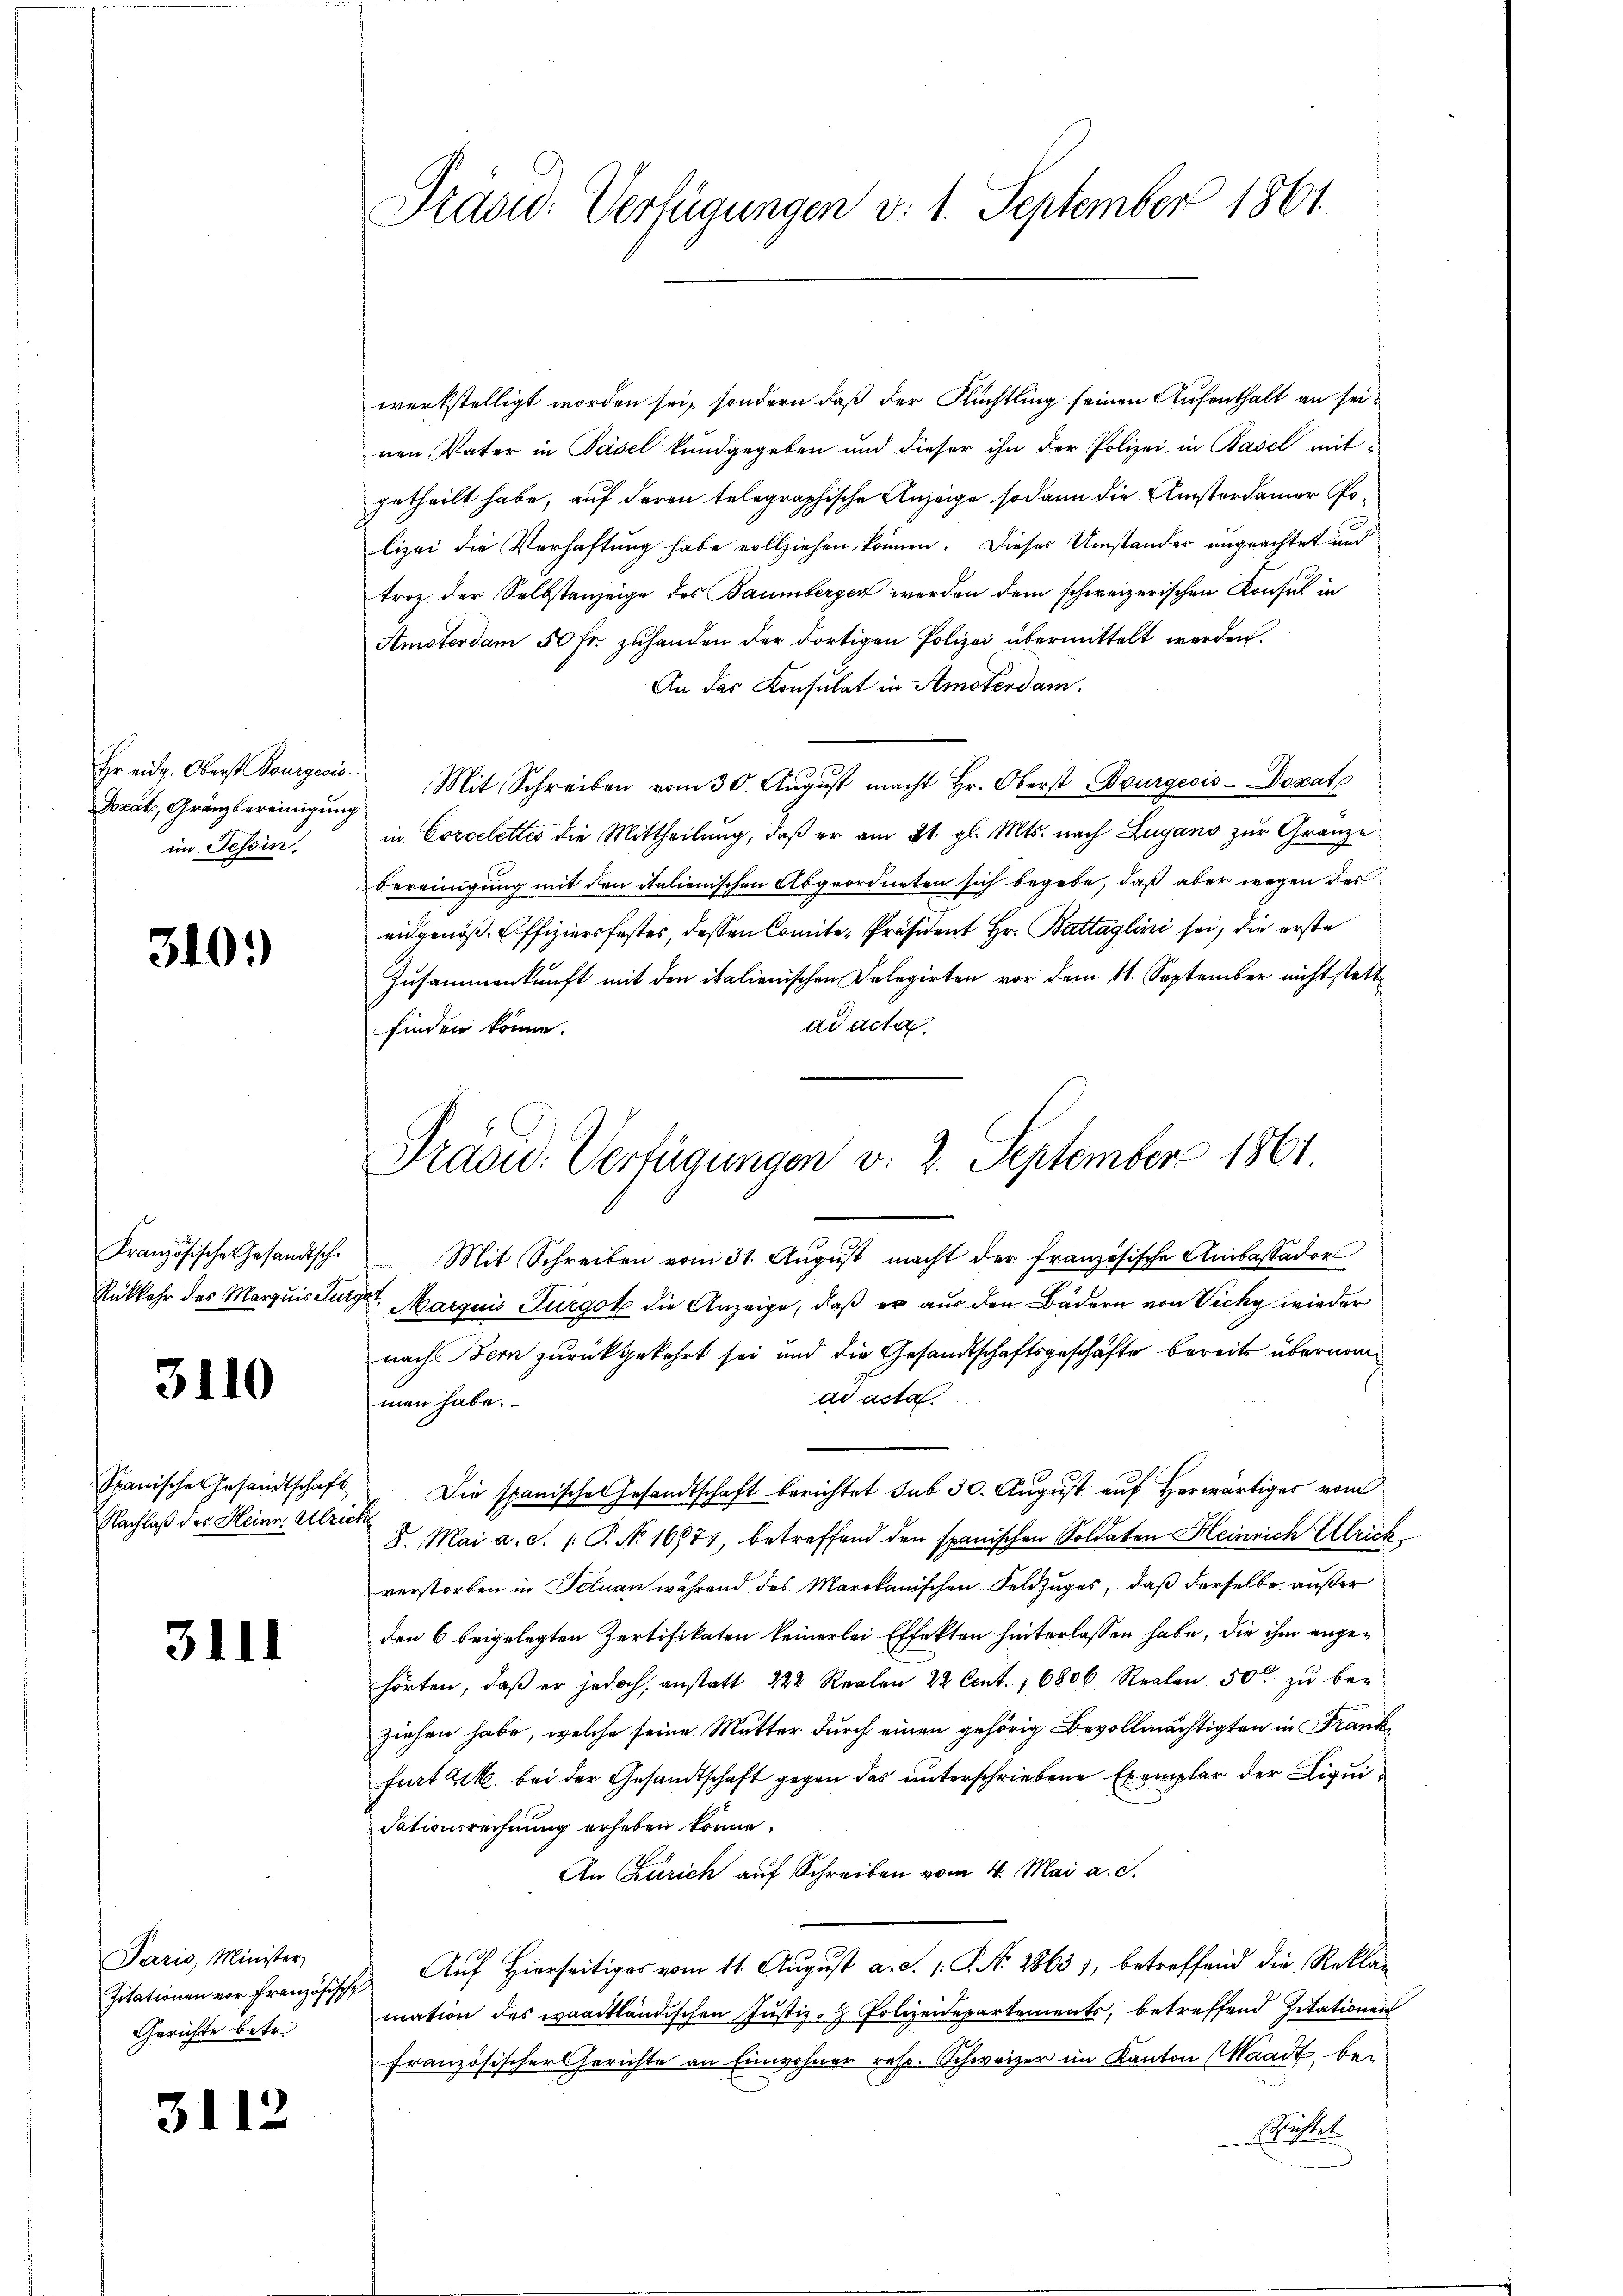
Dozat, Gränzbereinigung
im Tessin.

340.

Rükkehr des Marquis Lutz

3110

Spanischen Gesandtschaft
Nachlaß des Heine Abzu

3111

Paris, Minister,
Gerichte betr.

3112

Präsid. Verfügungen v. 1. September 1861

werkstelligt worden sei, sondern daß der Flüchtling seinen Aufenthalt an seinen Vater in Pasel kundgegeben und dieser ihn der Polizei, in Basel mitgetheilt habe, auf deren telegraphische Anzeige sodann die Ansterdamer Polizei die Verhaftung habe vollziehen können. Dieses Umstandes ungeachtet und
troz der Selbstanzeige des Baumberger werden dem schweizerischen Konsul in
Amsterdam 50 fr. zuhanden der dortigen Polizei übermittelt werden.
An das Konsulat in Amsterdam.
Fr. eidg. Oberst Bourgeois Mit Schreiben vom 30. Aŭgŭst macht Hr. Oberst Bourgeois-Dozat
in Corcelettes die Mittheilung, daß er am 21. gl. Mts. nach Lugano zur Granze
bereinigung mit den italienischen Abgeordneten sich begebe, daß aber wegen des
eidgenöß. Effiziersfestes, dessen Comite-Präsident Hr. Battaglini sei, die erste
Zusammenkunft mit den italienischen Delegirten vor dem 11. September nicht stett
ad acta.
finden könne.

Präsid. Verfügungen v. 2. September 1861.

Französische Gesandtsch. Mit Schreiben vom 31. Aŭgŭst macht der französische Ambassador
iget Marquis Turgot die Anzeige, daß er aus den Bädern von Vicky wieder
nach Bern zurückgekehrt sei und die Gesandtschaftsgeschäfte bereits übernomad acta.
men habe.
Die spanisches Gesandtschaft berichtet sub 30. August auf Herwärtiges vom
ich
8. Mai a.c. (: P. No 16851, betreffend den spanischen Soldaten Heinrich Ulrich
verstorben in Felian während des Marokanischen Feldzuges, daß derselbe außer
den 6 beigelegten Zertifikaten keinerlei Effekten hinterlassen habe, die ihm angehörten, daβ er jedoch anstatt 222 Realen 22 Cent. 16806 Realen 50 zŭ bei
ziehen habe, welche seine Mutter durch einen gehörig Bevollmächtigten in Frankfurt M. bei der Gesandtschaft gegen das unterschriebene Exemplar der Liquidationsrechnung erheben könne.
An Zürich auf Schreiben vom 4. Mai a. c.
sitationen französische Auf hierseitiger vom 11. Aŭgŭst a. d. 1. P. Nr. 2863), betreffend die Reklag
mation des waadtländischen Justiz- & Polizeidepartements, betreffend Zitationen
französischer Gerichte an Einwohner resp. Schweizer im Kanton Waadt, beschriftet